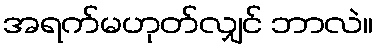
အရက်မဟုတ်လျှင် ဘာလဲ။